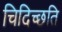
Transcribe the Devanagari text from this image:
चिदिच्छति